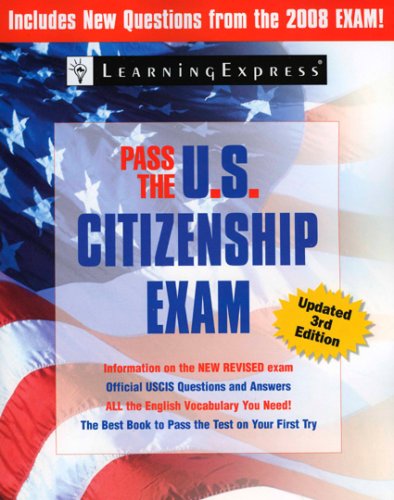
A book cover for Pass the U.S. Citizenship Exam; LearningExpress Editors; Test Preparation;